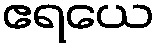
ဧရယေ